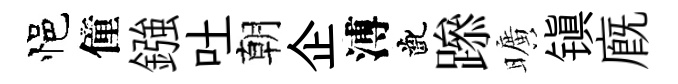
悒僮鏹吐朝企溥齔𨅶曠镇廐